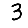
Digit: 3